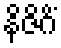
နိဇိဂိံ